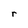
Character: r